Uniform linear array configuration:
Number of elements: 8
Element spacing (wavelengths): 0.75
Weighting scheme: blackman
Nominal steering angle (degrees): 30
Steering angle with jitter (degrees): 29.416
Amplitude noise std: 0.05
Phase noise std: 0.05

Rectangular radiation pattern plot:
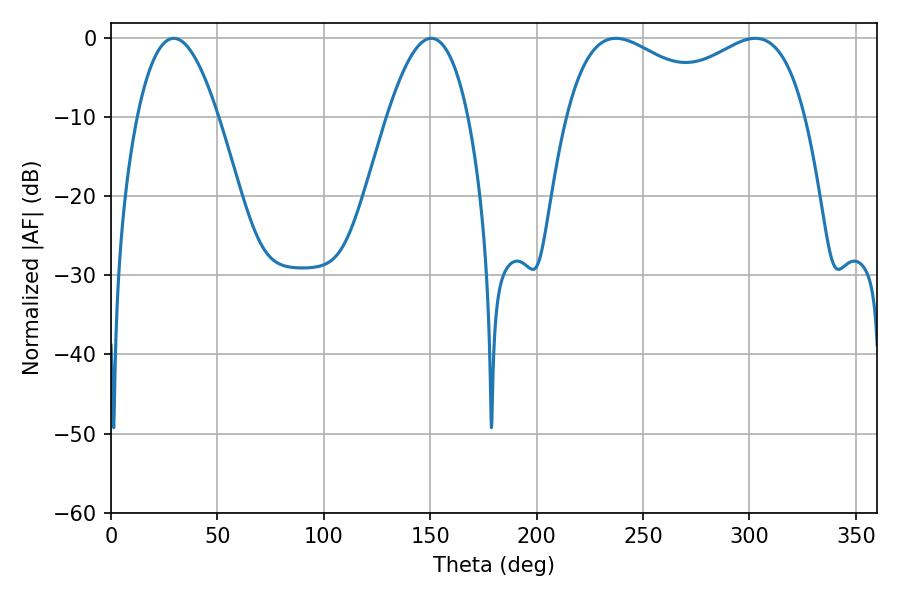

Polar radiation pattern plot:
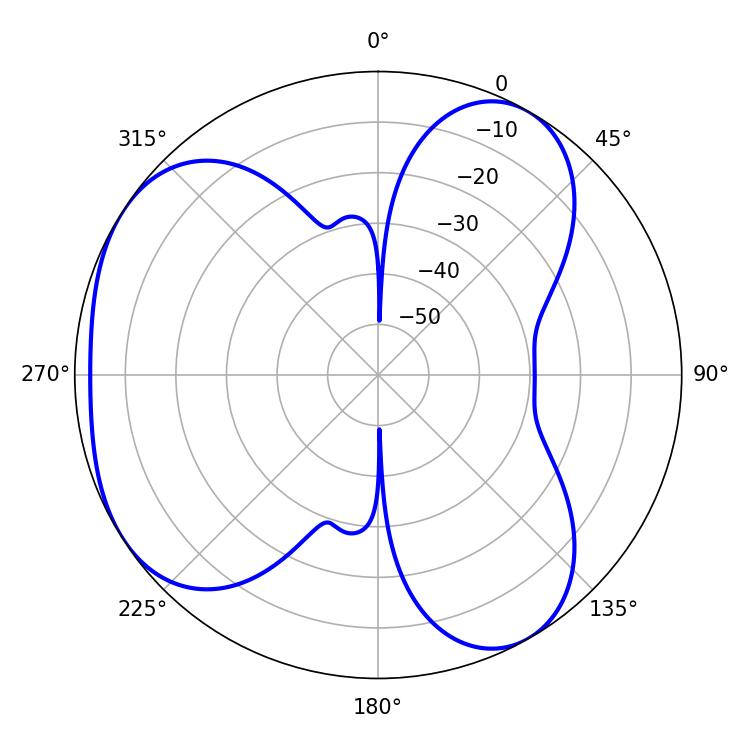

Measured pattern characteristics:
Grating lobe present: TRUE
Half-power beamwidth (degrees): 43.92
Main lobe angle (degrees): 237.24